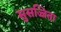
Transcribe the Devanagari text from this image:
सुसज्जिता